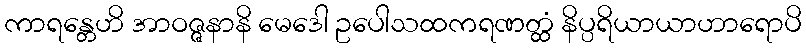
ကာရန္တေဟိ အာဝဇ္ဇနာနိ မေဒေါ ဥပေါသထကရဏတ္ထံ နိပ္ပရိယာယာဟာရောပိ